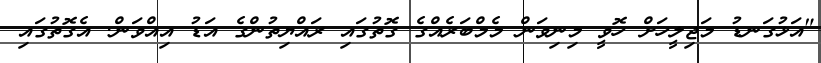
"އަޅުގަނޑު މަޖިލީހަށް ހޮވީ މިނިވަން މެމްބަރެއްގެ ގޮތުގައި ރައްޔިތުންގެ އަޑު އިއްވަން. އެގޮތުގައި